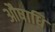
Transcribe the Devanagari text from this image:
औषाधि